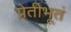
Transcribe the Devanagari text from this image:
प्रेतीभूतं